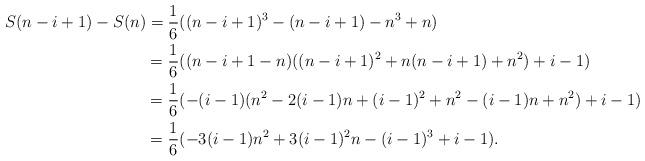
LaTeX: \begin{align*}S(n-i+1) - S(n) & = \frac{1}{6}((n-i+1)^3 - (n-i+1) - n^3+n)\\& = \frac{1}{6}((n-i+1-n)((n-i+1)^2 + n(n-i+1) + n^2) + i - 1) \\& = \frac{1}{6}(-(i-1)(n^2 -2(i-1)n + (i-1)^2 + n^2 - (i-1)n + n^2) + i-1)\\& = \frac{1}{6}(-3(i-1)n^2 + 3(i-1)^2n - (i-1)^3 + i-1).\end{align*}